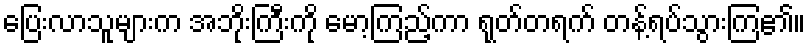
ပြေးလာသူများက အဘိုးကြီးကို မော့ကြည့်ကာ ရုတ်တရက် တန့်ရပ်သွားကြ၏။